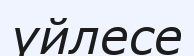
үйлесе